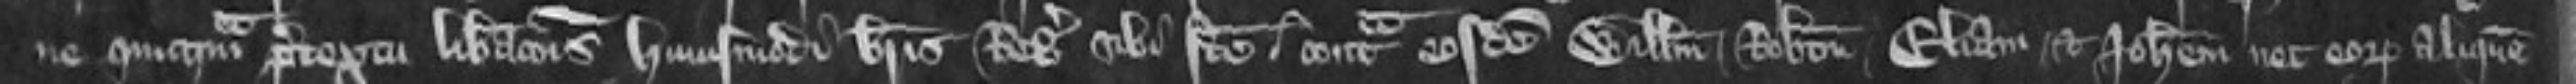
ne quicquam pretextu liberationis huiusmodi brevis Regis sibi facte contra eosdem Willelmum Robertum Eliam et Johannem nec eorum aliquem